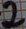
Text: 2